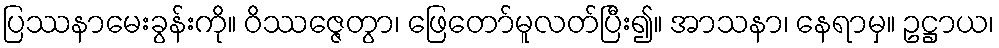
ပြဿနာမေးခွန်းကို။ ဝိဿဇ္ဇေတွာ၊ ဖြေတော်မူလတ်ပြီး၍။ အာသနာ၊ နေရာမှ။ ဥဋ္ဌာယ၊